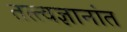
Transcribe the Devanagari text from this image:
तत्त्वज्ञानांत